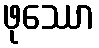
ဖုဿော